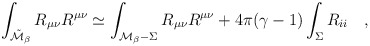
\begin{align*}\int_{\tilde{\cal M}_\beta} R_{\mu\nu}R^{\mu\nu} \simeq\int_{{\cal M}_\beta-\Sigma} R_{\mu\nu}R^{\mu\nu}+4\pi(\gamma-1)\int_{\Sigma} R_{ii}~~~,\end{align*}